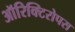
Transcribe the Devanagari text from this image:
ऑरिक्टिरोपस